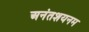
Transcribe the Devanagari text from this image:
अनंतशयनम